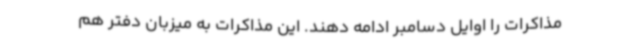
مذاکرات را اوایل دسامبر ادامه دهند. این مذاکرات به میزبان دفتر هم